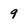
Character: 9